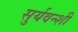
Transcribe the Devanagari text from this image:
सुर्यवन्शी